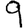
Digit: 9